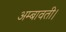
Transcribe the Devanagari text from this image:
अम्बावती।